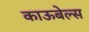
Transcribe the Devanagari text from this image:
काऊबेल्स